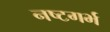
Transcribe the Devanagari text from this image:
नष्टगर्भ